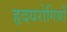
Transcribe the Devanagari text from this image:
हृदयरोगियों